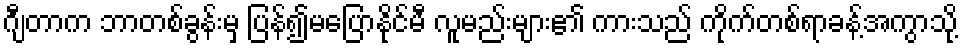
ဂျီတာက ဘာတစ်ခွန်းမှ ပြန်၍မပြောနိုင်မီ လူမည်းများ၏ ကားသည် ကိုက်တစ်ရာခန့်အကွာသို့